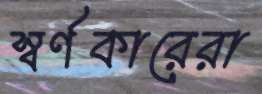
স্বর্ণকারেরা